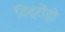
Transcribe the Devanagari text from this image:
विद्रोंहो